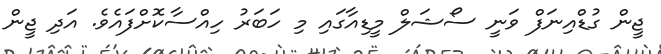
ޖީން ގުޑްއިނަފް ވަނީ ސޯޝަލް މީޑިއާގައި މި ހަބަރު ހިއްސާކޮށްފައެވެ. އަދި ޖީން